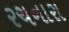
રચનારા